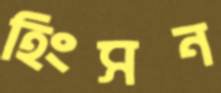
হিংসন